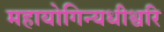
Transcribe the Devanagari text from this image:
महायोगिन्यधीश्वरि